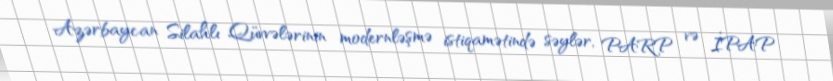
Azərbaycan Silahlı Qüvvələrinin modernləşmə istiqamətində səylər, PARP və İPAP